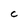
Character: C